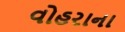
વોહરાના